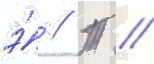
э́ // Т //